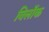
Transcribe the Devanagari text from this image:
विलॉक